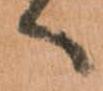
へ